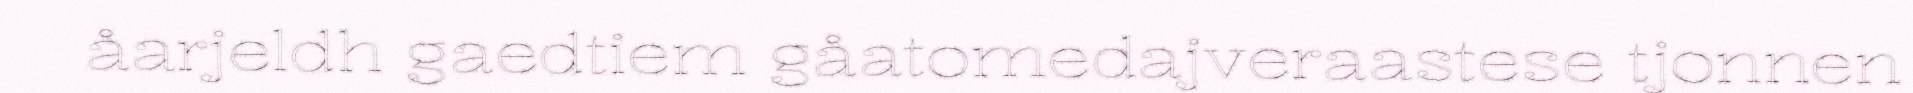
åarjeldh gaedtiem gåatomedajveraastese tjonnen